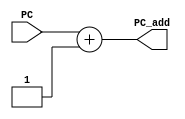
module Adder #(parameter XLEN = 32)(
                input [XLEN-1:0] PC,
                output [XLEN-1:0] PC_add);
    assign PC_add = PC + 1;     
endmodule